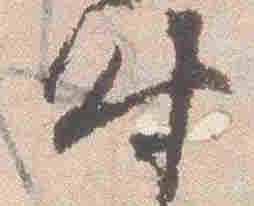
時